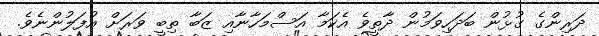
ދަރިންގެ ގުޅުން ބަދަހިވަމުން ދާތީވެ އެކަމާ އަސްމަހާނާއި ޒަބާ ތިބީ ވަރަށް އުފަލުންނެވެ.